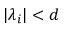
| \lambda _ { i } | < d